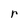
Character: r